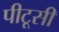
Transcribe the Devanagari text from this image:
पीटूसी